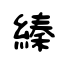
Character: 縥